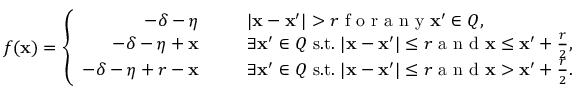
f ( \mathbf x ) = \left\{ \begin{array} { r l } { - \delta - \eta ~ ~ ~ ~ ~ } & { | \mathbf x - \mathbf x ^ { \prime } | > r \textnormal { f o r a n y } \mathbf x ^ { \prime } \in Q , } \\ { - \delta - \eta + \mathbf x ~ ~ ~ ~ ~ } & { \exists \mathbf x ^ { \prime } \in Q \mathrm { ~ s . t . ~ } | \mathbf x - \mathbf x ^ { \prime } | \le r \textnormal { a n d } \mathbf x \leq \mathbf x ^ { \prime } + \frac { r } { 2 } , } \\ { - \delta - \eta + r - \mathbf x ~ ~ ~ ~ ~ } & { \exists \mathbf x ^ { \prime } \in Q \mathrm { ~ s . t . ~ } | \mathbf x - \mathbf x ^ { \prime } | \le r \textnormal { a n d } \mathbf x > \mathbf x ^ { \prime } + \frac { r } { 2 } . } \end{array} \right.